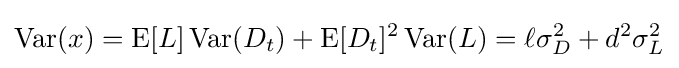
\operatorname {Var} (x)=\operatorname {E} [L]\operatorname {Var} (D_{t})+\operatorname {E} [D_{t}]^{2}\operatorname {Var} (L)=\ell \sigma _{D}^{2}+d^{2}\sigma _{L}^{2}